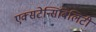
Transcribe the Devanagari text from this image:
एक्सटेन्सिबिलिटी